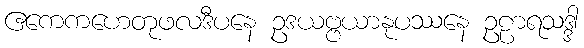
ဧကေကဟေတုဖလဒီပနေ ဥဒယဗ္ဗယာနုပဿနေ ဥဠာရသဒ္ဒါ